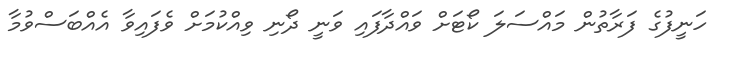
ހަނީފުގެ ފަރާތުން މައްސަލަ ކޯޓަށް ވައްދާފައި ވަނީ ދޯނި ވިއްކުމަށް ވެފައިވާ އެއްބަސްވުމާ